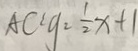
A C : g = \frac { 1 } { 2 } x + 1